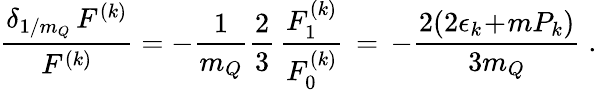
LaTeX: \frac{\delta_{1/m_{Q}}\, F^{(k)}}{F^{(k)}}=-\frac{1}{m_{Q}}\frac{2}{3}\, \frac{F_{1}^{(k)}}{F_{0}^{(k)}}\, =\, -\frac{2(2\epsilon_{k}\! +\! mP_{k})}{3m_{Q}}\; .